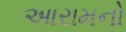
આરામનો